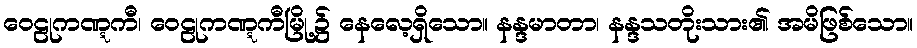
ဝေဠုကဏ္ဋကီ၊ ဝေဠုကဏ္ဋကီမြို့၌ နေလေ့ရှိသော။ နန္ဒမာတာ၊ နန္ဒသတိုးသား၏ အမိဖြစ်သော။